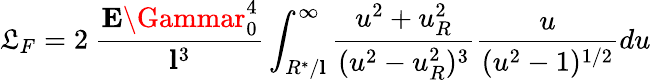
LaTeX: \mathfrak{L}_{F}=2\ \frac{{{\mathbf{E}}\Gammar_{0}^{4}}}{{{\mathbf{l}}^{3}}}\int_{R^{*}/{\mathbf{l}}}^{\infty}\frac{{u^{2}+u_{R}^{2}}}{{(u^{2}-u_{R}^{2})^{3}}}\frac{{u}}{{(u^{2}-1)^{1/2}}}du